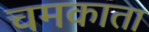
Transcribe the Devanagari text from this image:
चमकाता